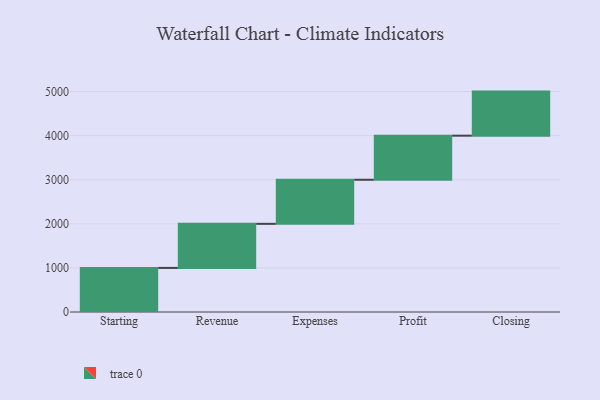
{"axis": {"x": "Step", "y": "Value"}, "legend": [""], "data": [{"x": "Starting", "y": 1000, "type": ""}, {"x": "Revenue", "y": 1000, "type": ""}, {"x": "Expenses", "y": 1000, "type": ""}, {"x": "Profit", "y": 1000, "type": ""}, {"x": "Closing", "y": 1000, "type": ""}]}